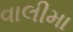
વાલીમા